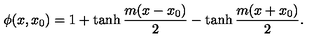
\phi ( x , x _ { 0 } ) = 1 + \tanh \frac { m ( x - x _ { 0 } ) } { 2 } - \tanh \frac { m ( x + x _ { 0 } ) } { 2 } .